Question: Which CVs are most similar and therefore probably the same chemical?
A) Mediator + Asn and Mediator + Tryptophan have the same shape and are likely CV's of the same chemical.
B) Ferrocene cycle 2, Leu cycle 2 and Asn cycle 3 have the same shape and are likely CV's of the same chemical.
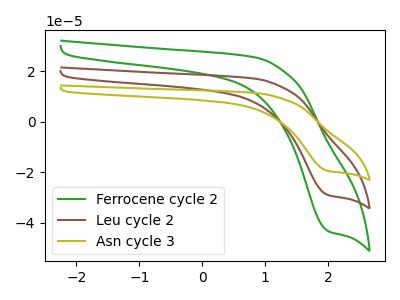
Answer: <think>The green curve "Ferrocene cycle 2" has a cathodic peak at: (2.00V, -43.30uA). The brown curve "Leu cycle 2" has a cathodic peak at: (2.00V, -29.00uA). The olive curve "Asn cycle 3" has a cathodic peak at: (2.00V, -58.00uA).
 All the peaks in "Ferrocene cycle 2" have a peak in "Leu cycle 2" at the same potential. Every peak in "Ferrocene cycle 2" is higher than every peak in "Leu cycle 2". All the peaks in "Ferrocene cycle 2" have a peak in "Asn cycle 3" at the same potential. Every peak in "Ferrocene cycle 2" is lower than every peak in "Asn cycle 3". All the peaks in "Leu cycle 2" have a peak in "Asn cycle 3" at the same potential. Every peak in "Leu cycle 2" is lower than every peak in "Asn cycle 3".</think>
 <answer>B) "Ferrocene cycle 2", "Leu cycle 2" and "Asn cycle 3" have the same shape and are likely CV's of the same chemical.</answer>
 <eval>B</eval>